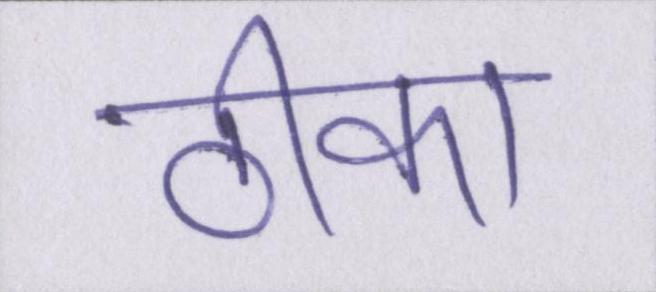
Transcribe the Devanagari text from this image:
ठीका